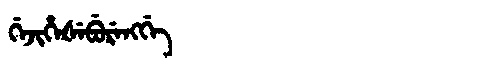
Manchu: ᡤᡝᠵᡳᡥᡝᡧᡝᠪᡠᡵᡝᠩᡤᡝ
Romanization: GEJIHEŠEBURENGGE